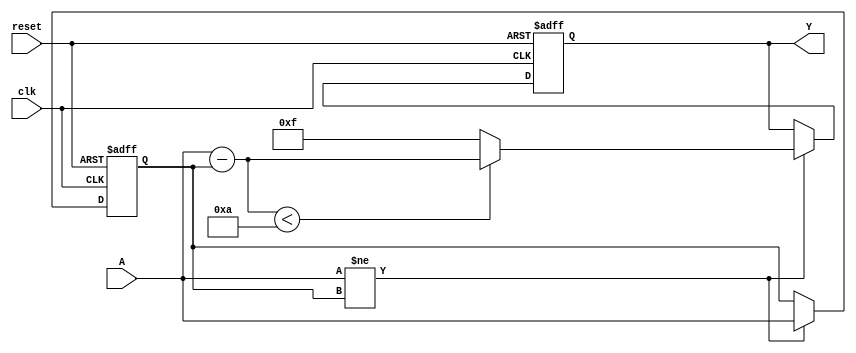
module relative_encoder #(
    parameter N = 4, // Number of bits for binary input (A)
    parameter M = 4  // Number of bits for BCD output (Y)
)(
    input wire [N-1:0] A,        // n-bit binary input
    input wire reset,             // Reset signal
    input wire clk,               // Clock signal for edge detection
    output reg [M-1:0] Y         // m-bit BCD output
);

    reg [N-1:0] previous_state;   // Register to hold the previous state
    reg [N-1:0] difference;        // Register to hold the difference

    // Edge detection logic
    always @(posedge clk or posedge reset) begin
        if (reset) begin
            previous_state <= 0;    // Initialize previous state on reset
            Y <= 0;                 // Initialize BCD output on reset
        end else begin
            // Check for input change
            if (A != previous_state) begin
                // Calculate the difference
                difference = A - previous_state;
                
                // Convert difference to BCD
                // Assuming difference is within the range of BCD representation
                // This simple conversion assumes difference is less than 10
                if (difference < 10) begin
                    Y <= difference; // Directly assign if less than 10
                end else begin
                    // Handle cases where difference is 10 or more
                    // This part can be expanded based on specific requirements
                    // For simplicity, we will just assign a max value for BCD
                    Y <= 4'b1111; // Indicating an overflow in BCD
                end
                
                // Update previous state
                previous_state <= A;
            end
        end
    end

endmodule